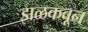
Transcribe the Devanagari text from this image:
झळकवून